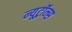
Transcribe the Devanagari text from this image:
न्यूट्रॉन्स